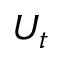
U _ { t }